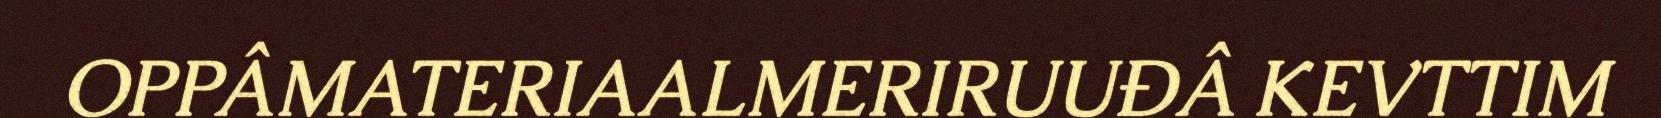
OPPÂMATERIAALMERIRUUĐÂ KEVTTIM